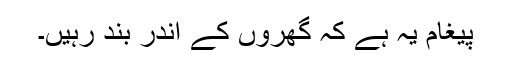
پیغام یہ ہے کہ گھروں کے اندر بند رہیں۔